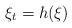
LaTeX: \begin{align*}\xi_{t}= h(\xi)\end{align*}